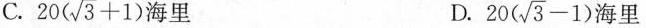
C.$$2 0 ( \sqrt { 3 } + 1 )$$海里 D.$$2 0 ( \sqrt { 3 } - 1 )$$海里